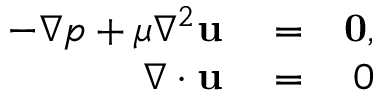
\begin{array} { r l r } { - \nabla p + \mu \nabla ^ { 2 } \mathbf { u } } & { { } = } & { \mathbf { 0 } , } \\ { \nabla \cdot \mathbf { u } } & { { } = } & { 0 } \end{array}